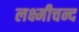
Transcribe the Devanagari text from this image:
लक्ष्मीचन्द